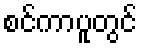
စင်ကာပူတွင်